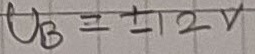
Text: UB=+12V